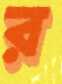
র